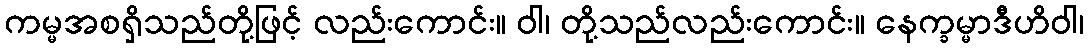
ကမ္မအစရှိသည်တို့ဖြင့် လည်းကောင်း။ ဝါ၊ တို့သည်လည်းကောင်း။ နေက္ခမ္မာဒီဟိဝါ၊